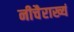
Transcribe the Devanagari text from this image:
नीचैराख्यं